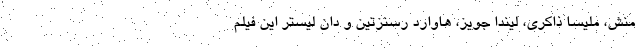
منش، ملیسا ذاکری، لیندا جویز، هاوارد رسنزتین و دان لیستر این فیلم